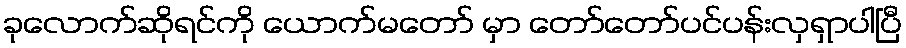
ခုလောက်ဆိုရင်ကို ယောက်မတော် မှာ တော်တော်ပင်ပန်းလှရှာပါပြီ